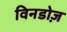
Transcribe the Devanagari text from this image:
विनडोज़